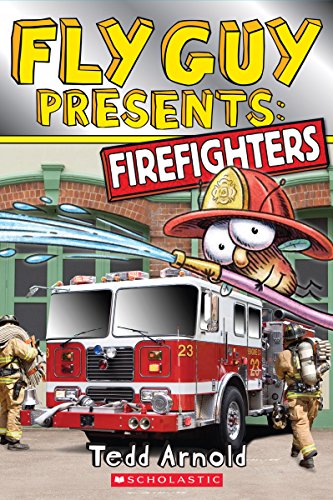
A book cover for Fly Guy Presents: Firefighters; Tedd Arnold; Children's Books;